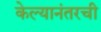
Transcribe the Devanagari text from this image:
केल्यानंतरची